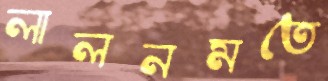
লালনমতে